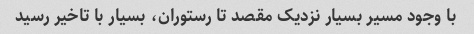
با وجود مسیر بسیار نزدیک مقصد تا رستوران، بسیار با تاخیر رسید